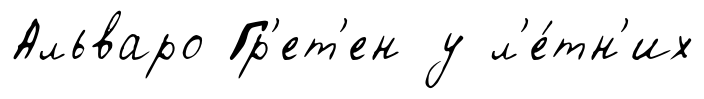
Альваро Гр'ет'ен у л'е́тн'их